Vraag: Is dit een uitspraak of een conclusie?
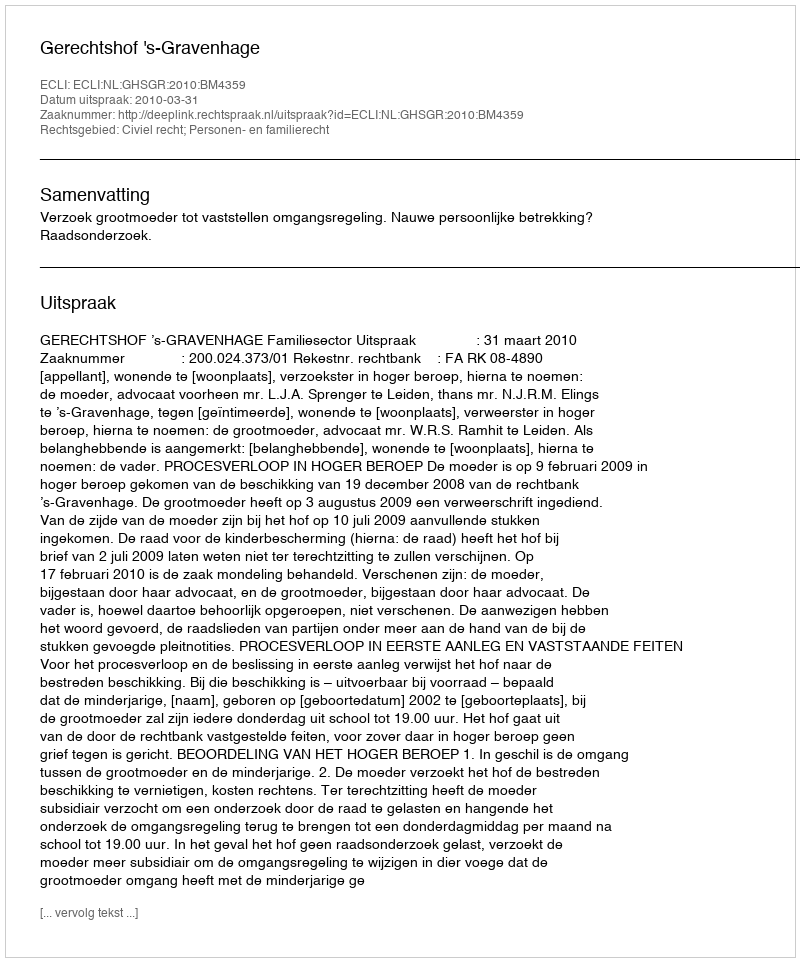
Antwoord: Uitspraak